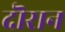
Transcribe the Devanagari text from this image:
दॊरान